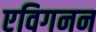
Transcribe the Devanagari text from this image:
एविगनन